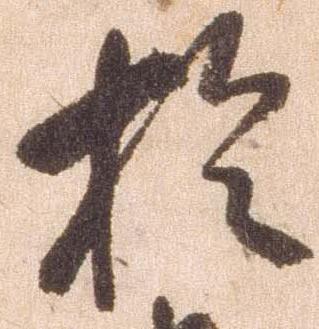
於